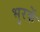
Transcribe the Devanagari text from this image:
भुरकें